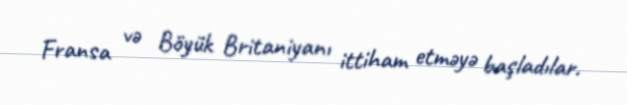
Fransa və Böyük Britaniyanı ittiham etməyə başladılar.